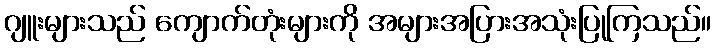
ဂျူးများသည် ကျောက်တုံးများကို အများအပြားအသုံးပြုကြသည်။